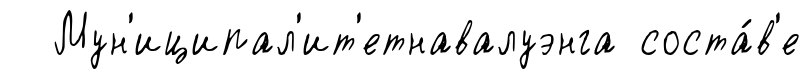
Мун'иципал'ит'етнавалуэнга соста́в'е